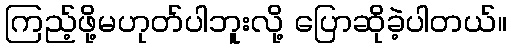
ကြည့်ဖို့မဟုတ်ပါဘူးလို့ ပြောဆိုခဲ့ပါတယ်။